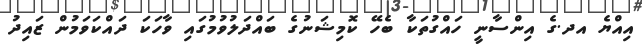
އިއްޔެ އދ.ގެ އިންސާނީ ހައްގުތަކާ ބެހޭ ކޮމިޝަނުގެ ބައްދަލުވުމުގައި ވާހަކަ ދައްކަވަމުން ޒައިދު